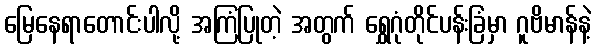
မြေနေရာတောင်းပါလို့ အကြံပြုတဲ့ အတွက် ရွှေဂုံတိုင်ပန်းခြံမှာ ဂူဗိမာန်နဲ့